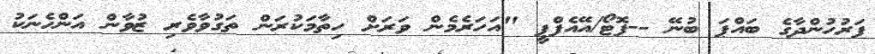
ފަރުހުންދާގެ ބައްޕަ ބުނޭ --ފޮޓޯ/އޭއެފްޕީ "އަހަރެމެން ވަރަށް ހިތާމަކުރަން ތަގުވާވެރި ޒުވާން އަންހެނަކު